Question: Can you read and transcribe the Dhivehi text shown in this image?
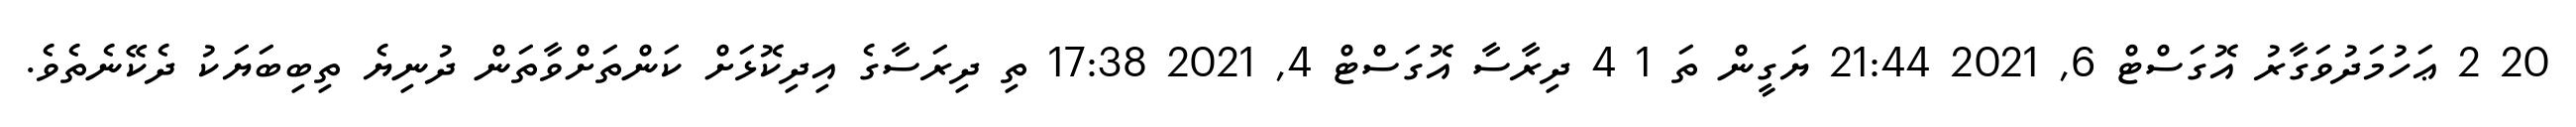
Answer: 20 2 ޢަހުމަދުވަގާރު އޮގަސްޓް 6, 2021 21:44 ޔަގީން ތަ 1 4 ދިރާސާ އޮގަސްޓް 4, 2021 17:38 ތި ދިރަސާގެ އިދިކޮޅަށް ކަންތަށްވާތަން ދުނިޔެ ތިބިބަޔަކު ދެކޭނެތެވެ.